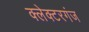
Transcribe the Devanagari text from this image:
क्लेक्टरगंज